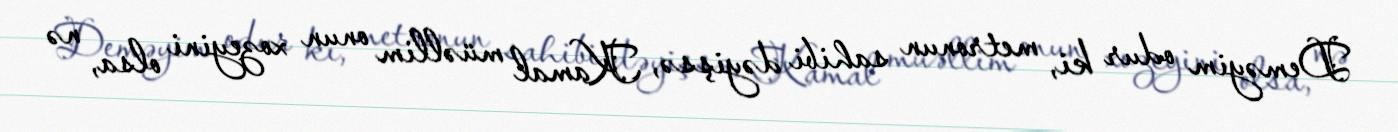
Deməyim odur ki, metronun sahibi dəyişsə, Kamal müəllim onun xozeyini olsa, nə